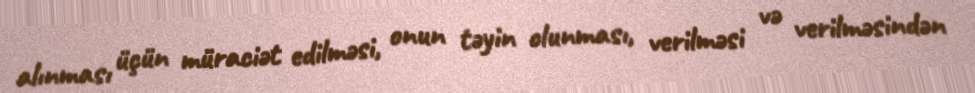
alınması üçün müraciət edilməsi, onun təyin olunması, verilməsi və verilməsindən